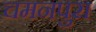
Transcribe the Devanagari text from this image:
चमनपुरा